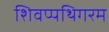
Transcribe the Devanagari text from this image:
शिवप्पथिगरम